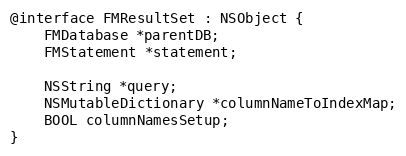
Language: C
@interface FMResultSet : NSObject {
    FMDatabase *parentDB;
    FMStatement *statement;

    NSString *query;
    NSMutableDictionary *columnNameToIndexMap;
    BOOL columnNamesSetup;
}